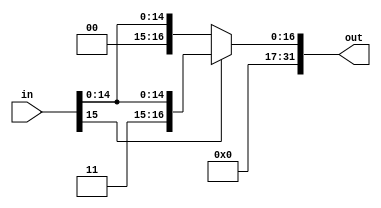
`timescale 1ps/1ps
module signExtend(input [15:0] in, output [31:0] out);

assign out = (in[15] == 1) ? {16'b1, in} : {16'b0, in};

endmodule